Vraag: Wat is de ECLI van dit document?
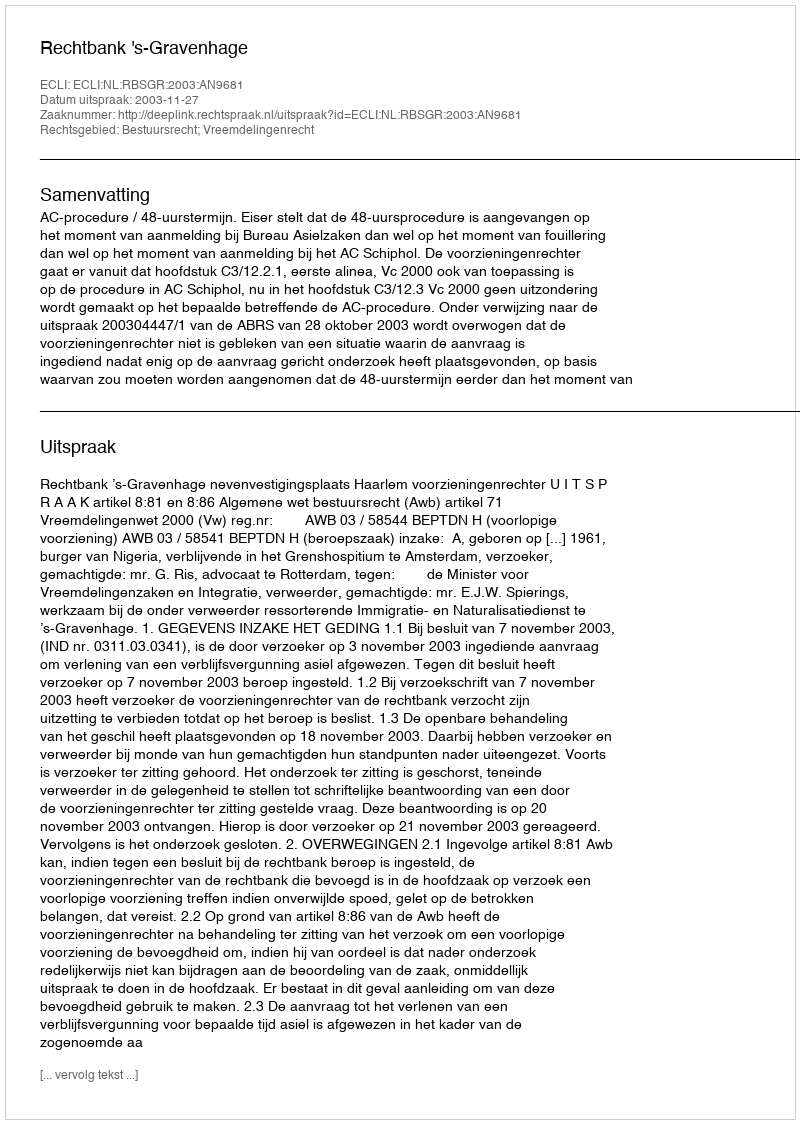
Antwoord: ECLI:NL:RBSGR:2003:AN9681